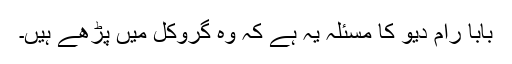
بابا رام دیو کا مسئلہ یہ ہے کہ وہ گروکل میں پڑھے ہیں۔